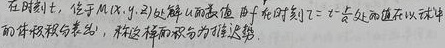
在时刻 \(t\)，位于 \(M(x,y,z)\) 处解 \(u\) 的值，即 \(t\) 时刻 \(T = t\) 处的值 \(u\) 以球单而体积积分表示，称这样的积分为泊松势。